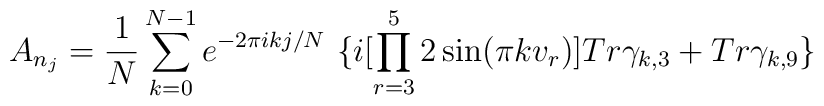
A_{n_j}=   \frac{1}{N}\sum_{k=0}^{N-1}e^{-2\pi       i    kj/N}\   \{i[ \prod_{r=3}^{5}  2  \sin  ( \pi k  v_r    ) ] Tr\gamma_{k,3}   +  Tr\gamma_{k, 9}\}